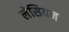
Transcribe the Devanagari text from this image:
लेसियन